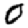
Digit: 0